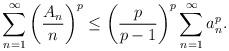
LaTeX: \begin{align*} \sum_{n=1}^\infty \left(\frac{A_n}{n}\right)^p \leq \left(\frac{p}{p-1}\right)^p\sum_{n=1}^\infty a^p_n.\end{align*}